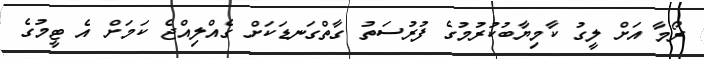
ރޯމާ އަށް ލީގު ކާމިޔާބުކުރުމުގެ ފުރުސަތު ގާތްގަނޑަކަށް ގެއްލިއްޖެ ކަމަށް އެ ޓީމުގެ